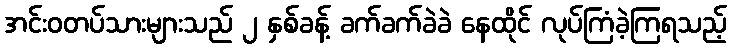
အင်းဝတပ်သားများသည် ၂ နှစ်ခန့် ခက်ခက်ခဲခဲ နေထိုင် လုပ်ကြံခဲ့ကြရသည့်